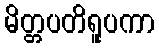
မိတ္တပတိရူပကာ